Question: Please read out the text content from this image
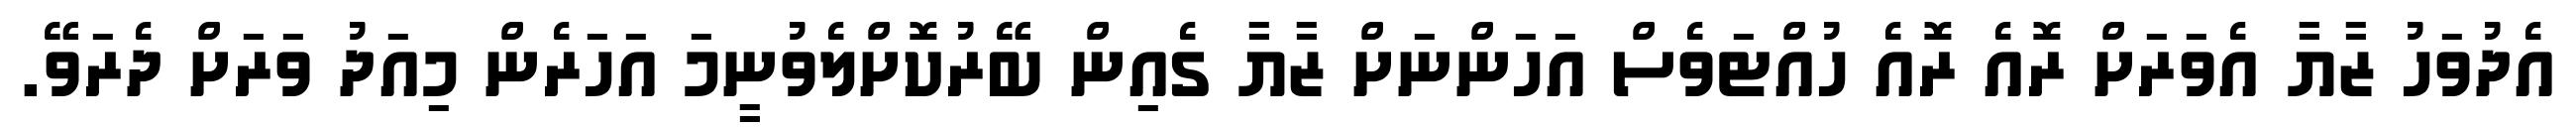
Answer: އެދުވަހު ޒާޔާ އެވަރަށް ރޮއެ ރޮއެ ހުއްޓަވެސް އަހަންނަށް ޒާޔާ ގެއިން ބޭރުކޮށްލެވުނީމަ އަހަރެން މިއަދު ވަރަށް ދެރަވޭ.